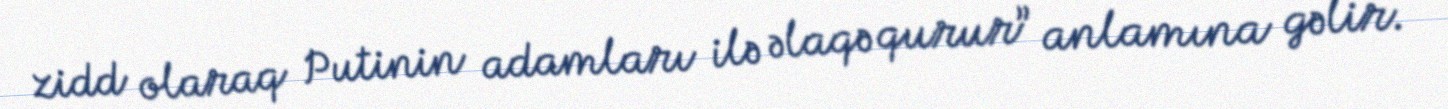
zidd olaraq Putinin adamları ilə əlaqə qurur” anlamına gəlir.